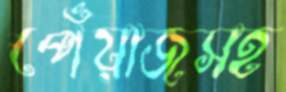
পেঁয়াজসহ